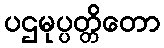
ပဌမုပ္ပတ္တိတော